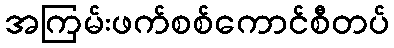
အကြမ်းဖက်စစ်ကောင်စီတပ်